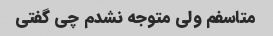
متاسفم ولی متوجه نشدم چی گفتی